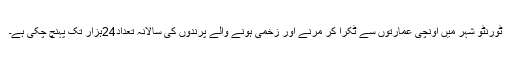
ٹورنٹو شہر میں اونچی عمارتوں سے ٹکرا کر مرنے اور زخمی ہونے والے پرندوں کی سالانہ تعداد24ہزار تک پہنچ چکی ہے۔